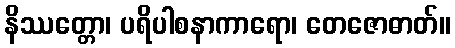
နိဿတ္တော၊ ပရိပါစနာကာရော၊ တေဇောဓာတ်။